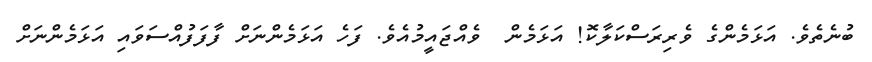
ބުނެތެވެ. އަޅަމެންގެ ވެރިރަސްކަލާކޮ! އަޅަމެން  ވެއްޖައީމުއެވެ. ފަހެ އަޅަމެންނަށް ފާފަފުއްސަވައި އަޅަމެންނަށް